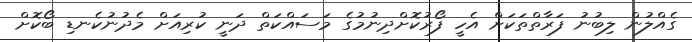
ގެއްލުން ލިބުނު ފަރާތްތަކަށް އެހީ ފޯރުކޮށްދިނުމުގެ މަސައްކަތް ދަނީ ކުރިއަށް މެދުނުކެނޑި ބޯކޮށް